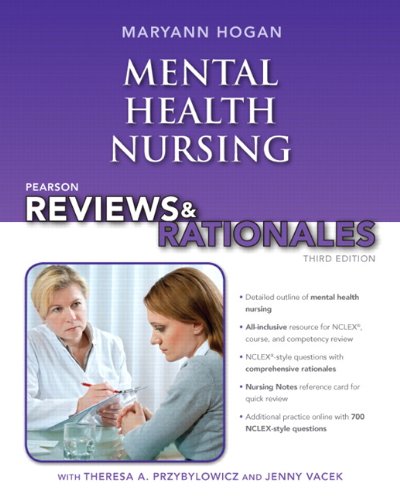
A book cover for Pearson Reviews & Rationales: Mental Health Nursing with Nursing Reviews & Rationales (3rd Edition); MaryAnn Hogan; Medical Books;